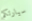
سيارتكم